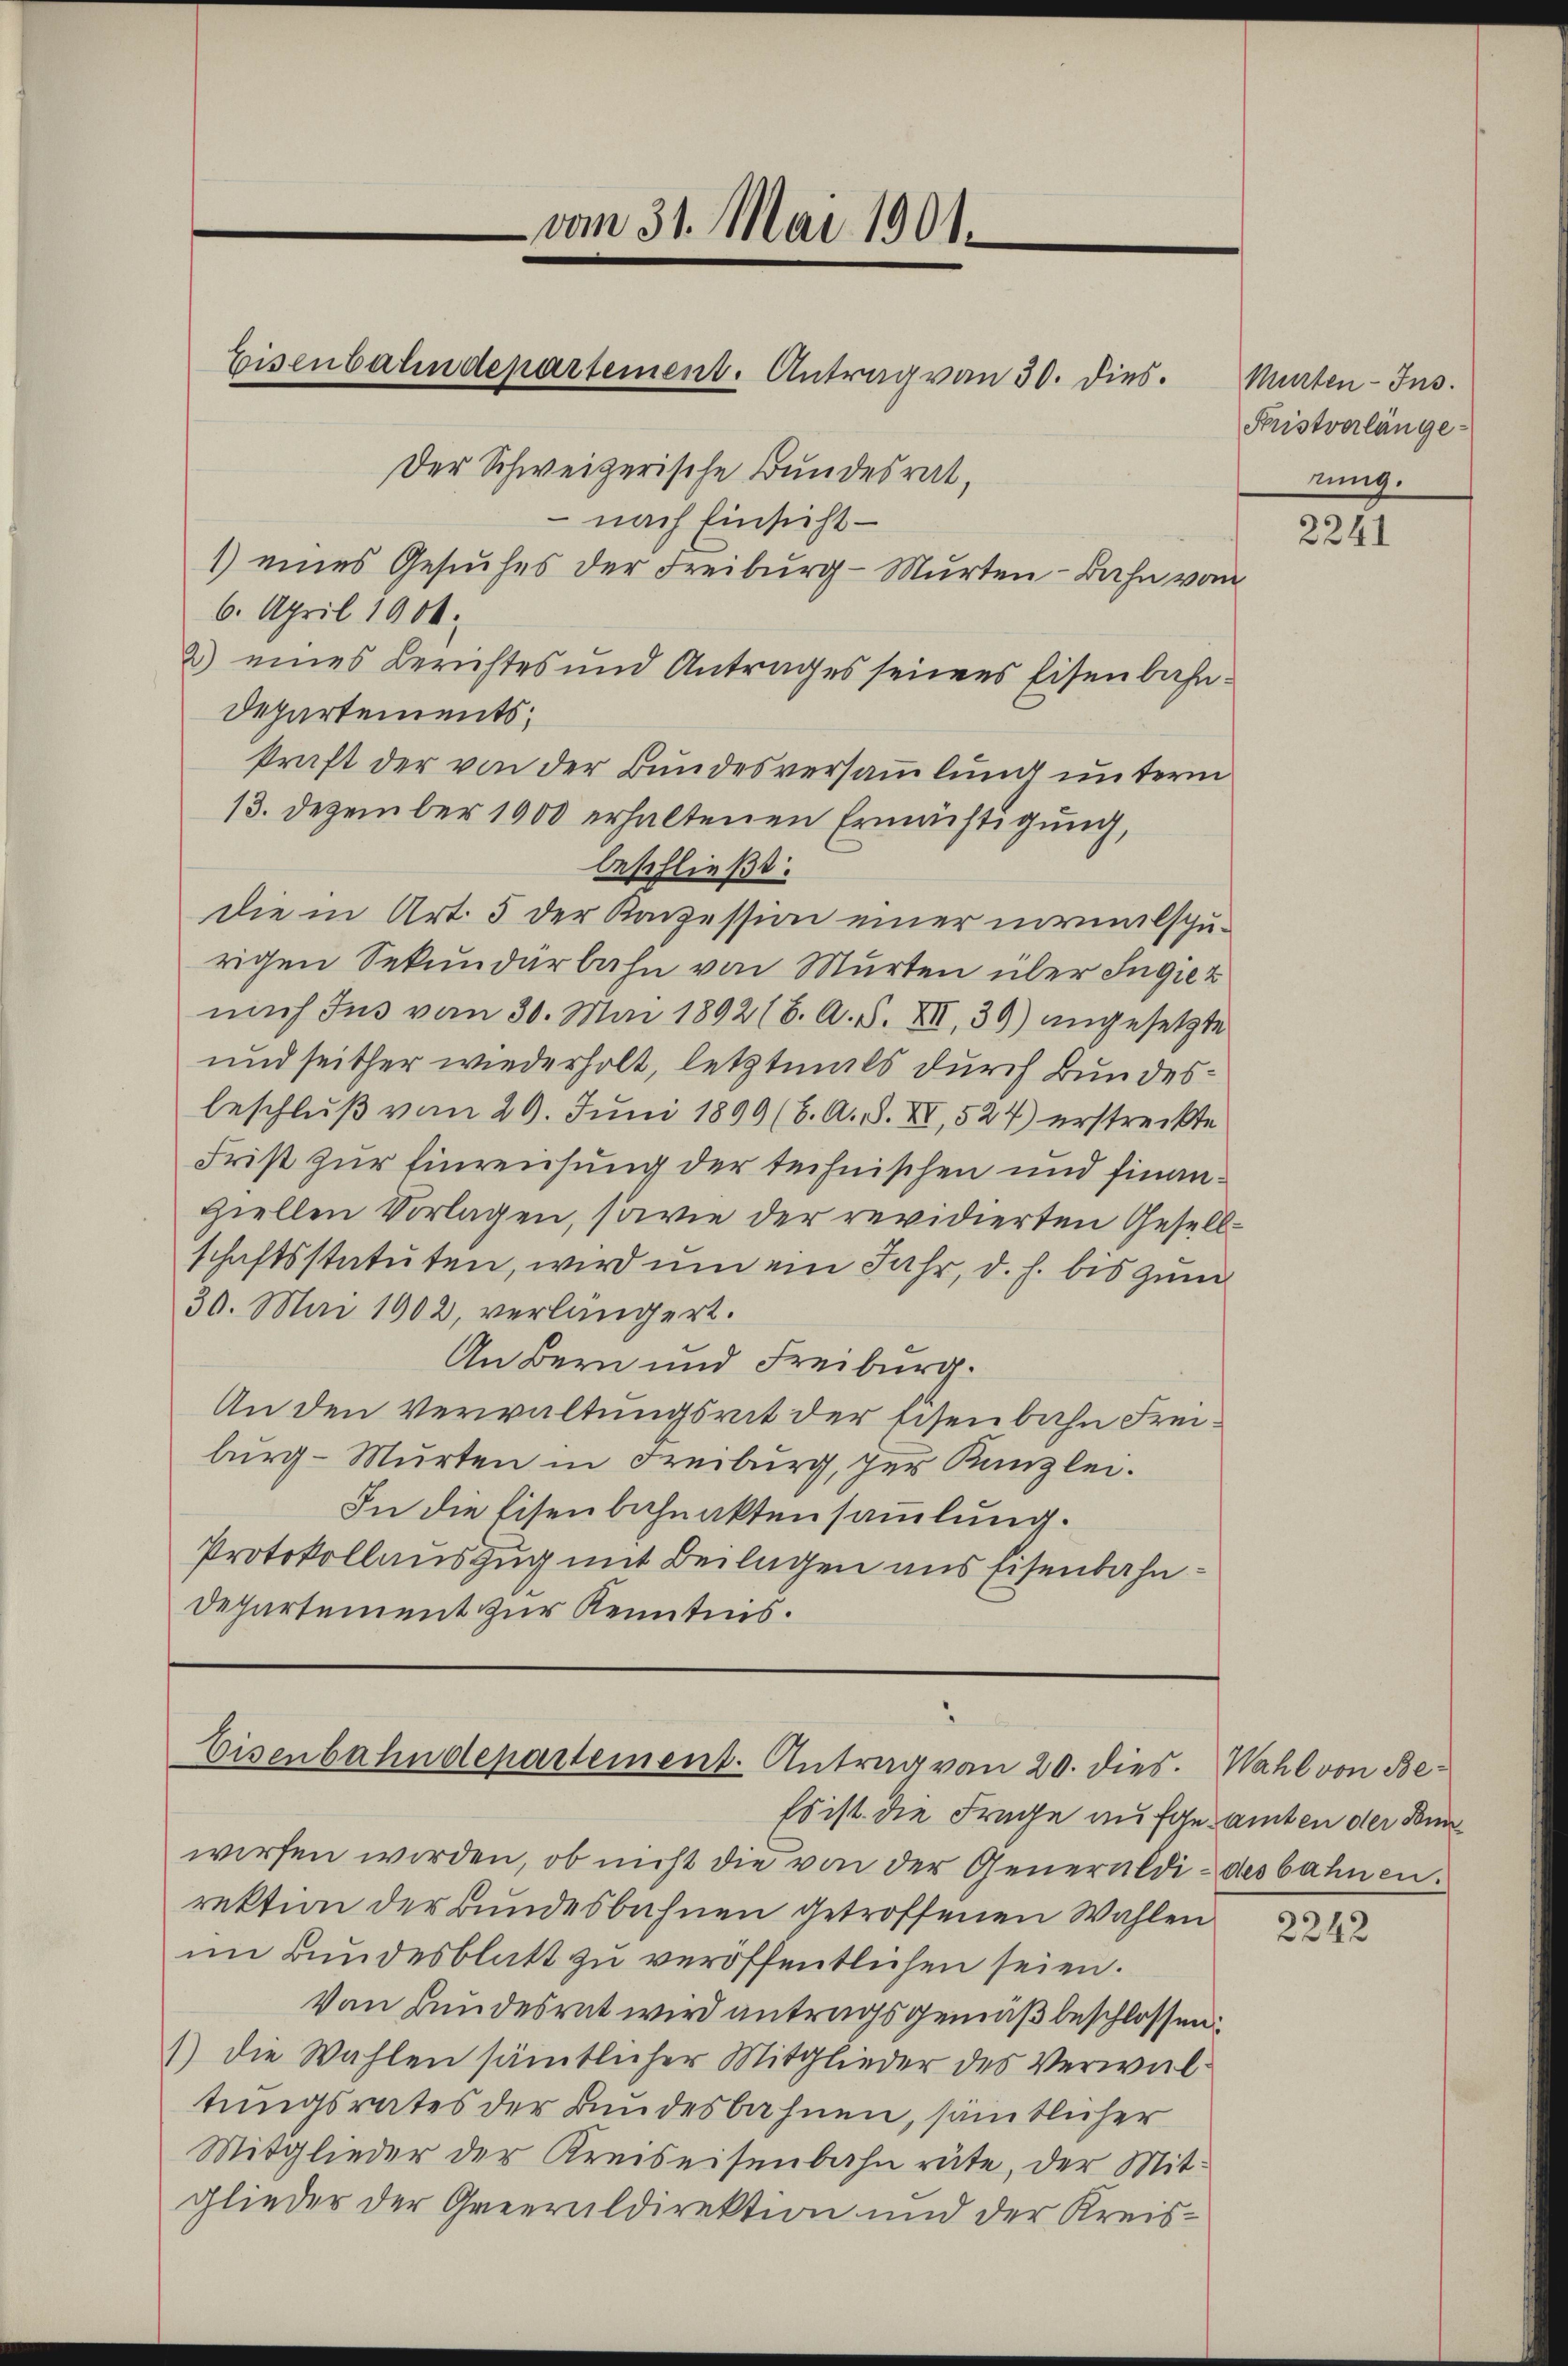
vom 31. Mai 1901.

Der Schweizerische Bundesrat,
nach Einsicht —
1) eines Gesuches der Freiburg - Murten-Bahn vom
6. April 1904.
2) eines Berichtes und Antrages seines Eisenbahn-
Departements;
kraft der von der Bundesversammlung unterm
13. Dezember 1900 erhaltenen Ermächtigung,
beschließt:
die in Art. 5 der Konzession einer normalspurigen Sekundärbahn von Murten über Ingier
nach Jus vom 30. Mai 1892 (6. A. S. XII, 39) angesetzte
und seither wiederholt, letztmals durch Bundesbeschluß vom 29. Juni 1899 (6. A. S. XV, 527) erstreckte
Frist zur Einreichung der technischen und finanziellen Vorlagen, sowie der revidierten Gesellschaftsstatuten, wird ŭm ein Jahr, d. h. bis zum
30. Mai 1902, verlängert.
An Bern und Freiburg.
An den Verwaltungsrat der Eisenbahn Freiburg - Murten in Freiburg, zur Kanzlei.
In die Eisenbahnaktensammlung.
Protokollauszug mit Beilagen aus Eisenbahn¬
Departement zur Kenntnis.

Eisenbahndepartement. Antrag von 30. dies.

Eisenbahndepartement. Antrag von 20. dies. Wahl von Be¬

Es ist die Frage aufgesamten der Bunworfen worden, ob nicht die von der Generaldi- des bahnen.
rektion der Bundesbahnen getroffenen Wahlen
im Bundesblatt zu veröffentlichen seien.
Von Kundesrat wird antragsgemäß beschlossen:
) die Wahlen sämmtlicher Mitglieder des Verwaltungsrates der Bundesbahnen, sämtlicher
Mitglieder der Kreiseisenbahn rüte, der Mitglieder der Greeraldirektion und der Kreis¬

Murten-Ins.
Fristverlänge
rung.

2241

2242